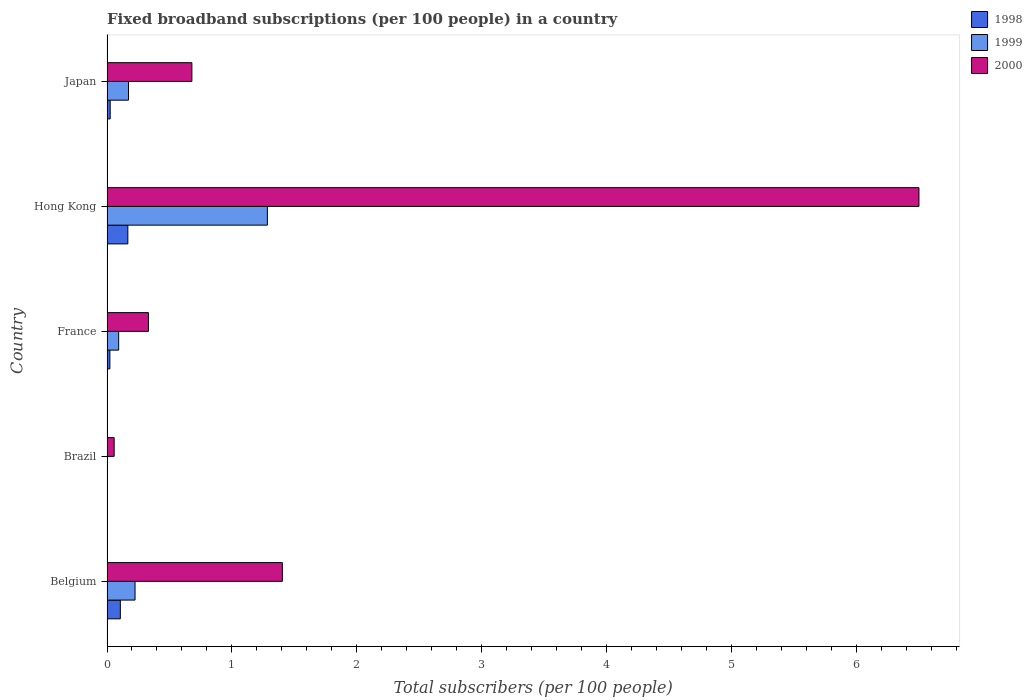
| Country | 1998 | 1999 | 2000 |
 | --- | --- | --- | --- |
 | Belgium | 0.107 | 0.225 | 1.4 |
 | Brazil | 0.00059 | 0.00407 | 0.0573 |
 | France | 0.023 | 0.0934 | 0.332 |
 | Hong Kong | 0.167 | 1.28 | 6.5 |
 | Japan | 0.0255 | 0.172 | 0.68 |